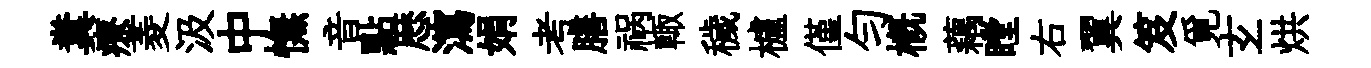
糞療菱汲中憮音點厯瀉娟考膳祸輙穢櫨僅勻概藕瞠右翼笈覓𤣥烘